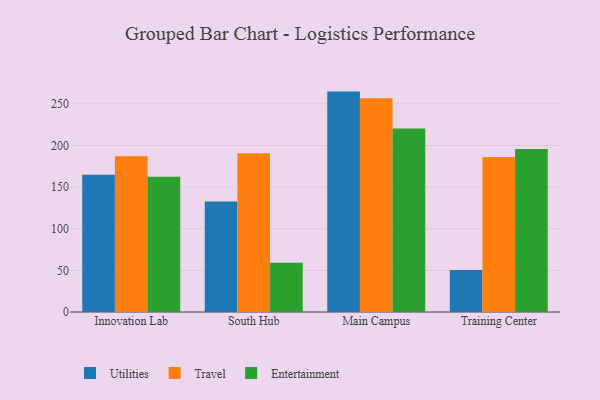
{"axis": {"x": "Campus", "y": "Temperature (°C)"}, "legend": ["Entertainment", "Travel", "Utilities"], "data": [{"x": "Innovation Lab", "y": 164.7, "type": "Utilities"}, {"x": "Innovation Lab", "y": 187.2, "type": "Travel"}, {"x": "Innovation Lab", "y": 162.5, "type": "Entertainment"}, {"x": "South Hub", "y": 132.6, "type": "Utilities"}, {"x": "South Hub", "y": 190.8, "type": "Travel"}, {"x": "South Hub", "y": 59.2, "type": "Entertainment"}, {"x": "Main Campus", "y": 264.7, "type": "Utilities"}, {"x": "Main Campus", "y": 256.7, "type": "Travel"}, {"x": "Main Campus", "y": 220.3, "type": "Entertainment"}, {"x": "Training Center", "y": 50.5, "type": "Utilities"}, {"x": "Training Center", "y": 186.2, "type": "Travel"}, {"x": "Training Center", "y": 195.8, "type": "Entertainment"}]}